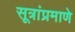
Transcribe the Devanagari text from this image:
सूत्रांप्रमाणे